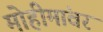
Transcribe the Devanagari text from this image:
मोहीमांवर